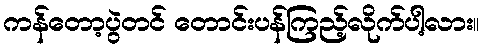
ကန်တော့ပွဲတင် တောင်းပန်ကြည့်လိုက်ပါ့လား။